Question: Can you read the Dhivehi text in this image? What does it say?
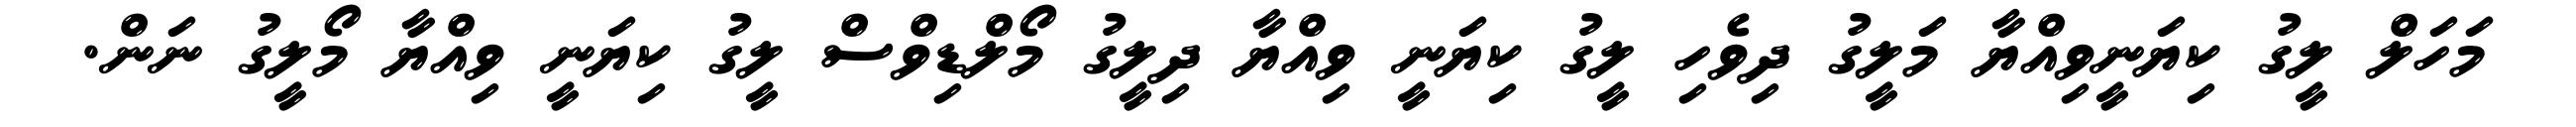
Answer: މަހަލް ލީގު ކިޔަނީވިއްޔާ މަލީގު ދިވެހި ލީގު ކިޔަނީ ވިއްޔާ ދިލީގު މޯލްޑިވްސް ލީގު ކިޔަނީ ވިއްޔާ މޯލީގު ނަން.